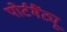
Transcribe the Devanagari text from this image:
पोर्टमैंट्यू